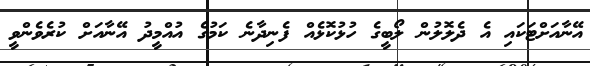
އޭނާއަށްޓަކައި އެ ދެލޮލުން ލޯބީގެ ހުޅުކޮޅެއް ފެނިދާނެ ކަމުގެ އުއްމީދު އޭނާއަށް ކުރެވެންވީ